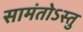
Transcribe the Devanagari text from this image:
सामंतोऽस्तु